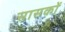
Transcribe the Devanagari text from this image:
सासकों